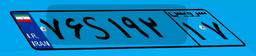
۸۱S۵۷۰۹۶